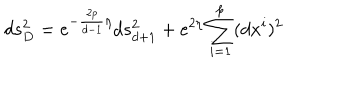
d s _ { D } ^ { 2 } = e ^ { - \frac { 2 p } { d - 1 } \eta } d s _ { d + 1 } ^ { 2 } + e ^ { 2 \eta } \sum _ { i = 1 } ^ { p } ( d x ^ { i } ) ^ { 2 }